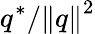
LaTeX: q^{*}/\left\Vert q\right\| ^{2}